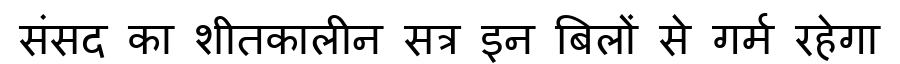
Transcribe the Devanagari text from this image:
संसद का शीतकालीन सत्र इन बिलों से गर्म रहेगा